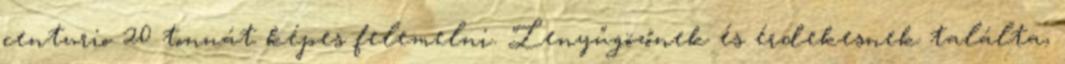
centurio 20 tonnát képes felemelni. Lenyűgözőnek és érdekesnek találta,